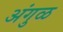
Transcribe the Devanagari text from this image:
अंगुळ